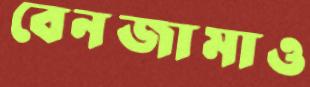
বেনজামাও